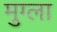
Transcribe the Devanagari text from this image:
मुग्ला